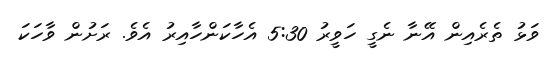
ވަޅު ތެރެއިން އޭނާ ނެގީ ހަވީރު 5:30 އެހާކަންހާއިރު އެވެ. ރަށުން ވާހަކަ